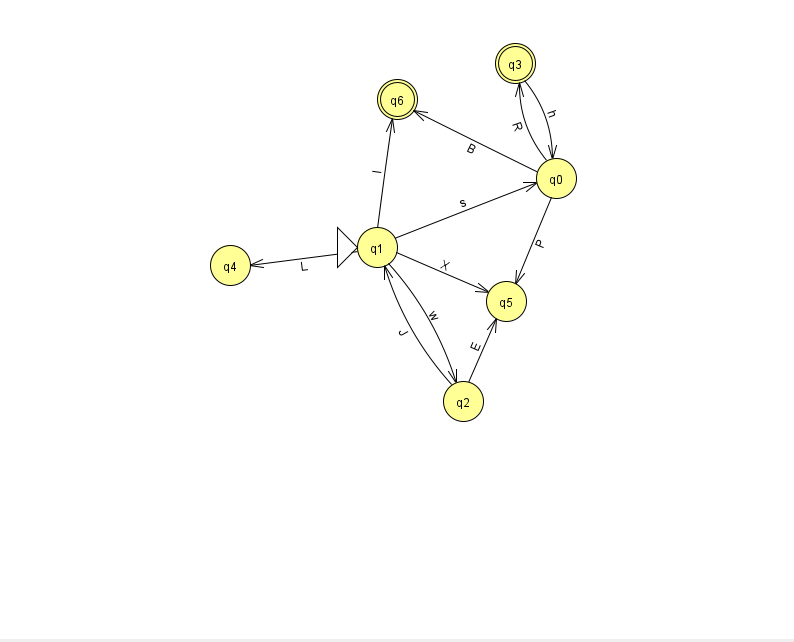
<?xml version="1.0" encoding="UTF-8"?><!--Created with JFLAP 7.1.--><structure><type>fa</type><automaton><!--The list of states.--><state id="0" name="q0"><x>556.0</x><y>165.0</y></state><state id="1" name="q1"><x>377.0</x><y>234.0</y><initial/></state><state id="2" name="q2"><x>463.0</x><y>388.0</y></state><state id="3" name="q3"><x>515.0</x><y>50.0</y><final/></state><state id="4" name="q4"><x>230.0</x><y>252.0</y></state><state id="5" name="q5"><x>506.0</x><y>288.0</y></state><state id="6" name="q6"><x>397.0</x><y>86.0</y><final/></state><!--The list of transitions.--><transition><from>1</from><to>2</to><read>w</read></transition><transition><from>1</from><to>5</to><read>X</read></transition><transition><from>0</from><to>5</to><read>P</read></transition><transition><from>0</from><to>3</to><read>R</read></transition><transition><from>1</from><to>4</to><read>L</read></transition><transition><from>1</from><to>0</to><read>s</read></transition><transition><from>2</from><to>5</to><read>E</read></transition><transition><from>3</from><to>0</to><read>h</read></transition><transition><from>2</from><to>1</to><read>J</read></transition><transition><from>1</from><to>6</to><read>I</read></transition><transition><from>0</from><to>6</to><read>B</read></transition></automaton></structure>